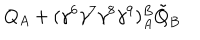
LaTeX: Q _ { A } + ( \gamma ^ { 6 } \gamma ^ { 7 } \gamma ^ { 8 } \gamma ^ { 9 } ) _ { A } ^ { B } \tilde { Q } _ { B } \nonumber